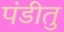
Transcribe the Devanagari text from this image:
पंडीतु